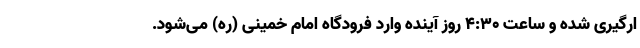
ارگیری شده و ساعت 4:30 روز آینده وارد فرودگاه امام خمینی (ره) می‌شود.